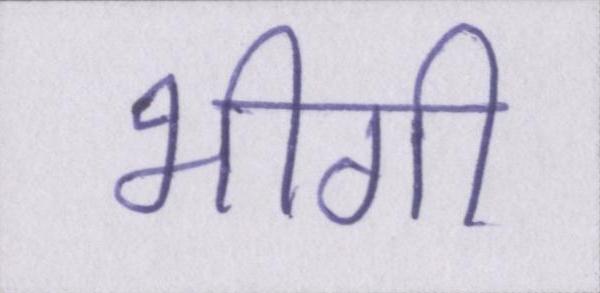
भीगी